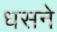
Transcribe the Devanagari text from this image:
धसने